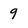
Character: 9